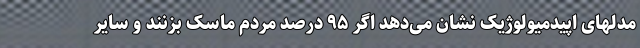
مدلهای اپیدمیولوژیک نشان می‌دهد اگر ۹۵ درصد مردم ماسک بزنند و سایر